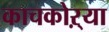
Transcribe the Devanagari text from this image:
काचकोऱ्या